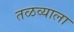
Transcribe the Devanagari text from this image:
तळव्याला